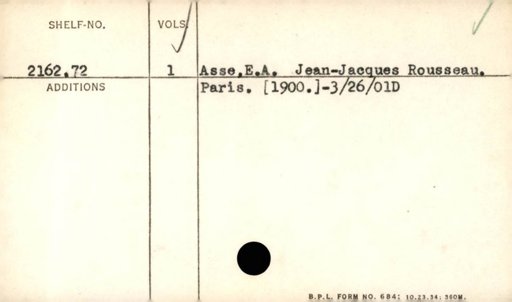
Label: content